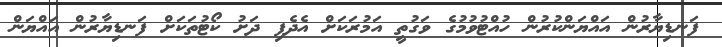
ފަނޑިޔާރުން އައްޔަންކުރުން ހުއްޓުވުމުގެ ވަގުތީ އަމުރަކަށް އެދެފި ދަށު ކޯޓުތަކަށް ފަނޑިޔާރުން އައްޔަން